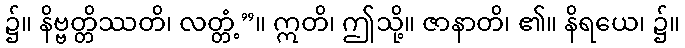
၌။ နိဗ္ဗတ္တိဿတိ၊ လတ္တံ့”။ ဣတိ၊ ဤသို့။ ဇာနာတိ၊ ၏။ နိရယေ၊ ၌။